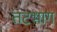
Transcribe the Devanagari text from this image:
तटभाग